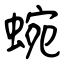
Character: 蜿